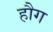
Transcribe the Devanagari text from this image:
हौग